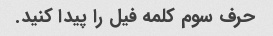
حرف سوم کلمه فیل را پیدا کنید.